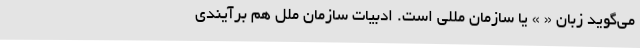
می‌گوید زبان «‌ » یا سازمان مللی است. ادبیات سازمان ملل هم برآیندی